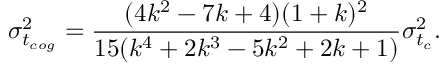
\sigma _ { t _ { c o g } } ^ { 2 } = \frac { ( 4 k ^ { 2 } - 7 k + 4 ) ( 1 + k ) ^ { 2 } } { 1 5 ( k ^ { 4 } + 2 k ^ { 3 } - 5 k ^ { 2 } + 2 k + 1 ) } { \sigma _ { t _ { c } } ^ { 2 } } .